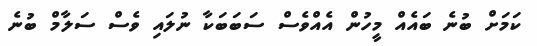
ކަމަށް ބުނެ ބައެއް މީހުން އެއްވެސް ސަބަބަކާ ނުލައި ވެސް ސަލާމް ބުނެ